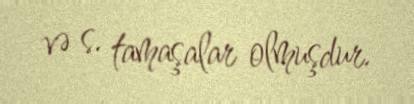
və s. tamaşalar olmuşdur.